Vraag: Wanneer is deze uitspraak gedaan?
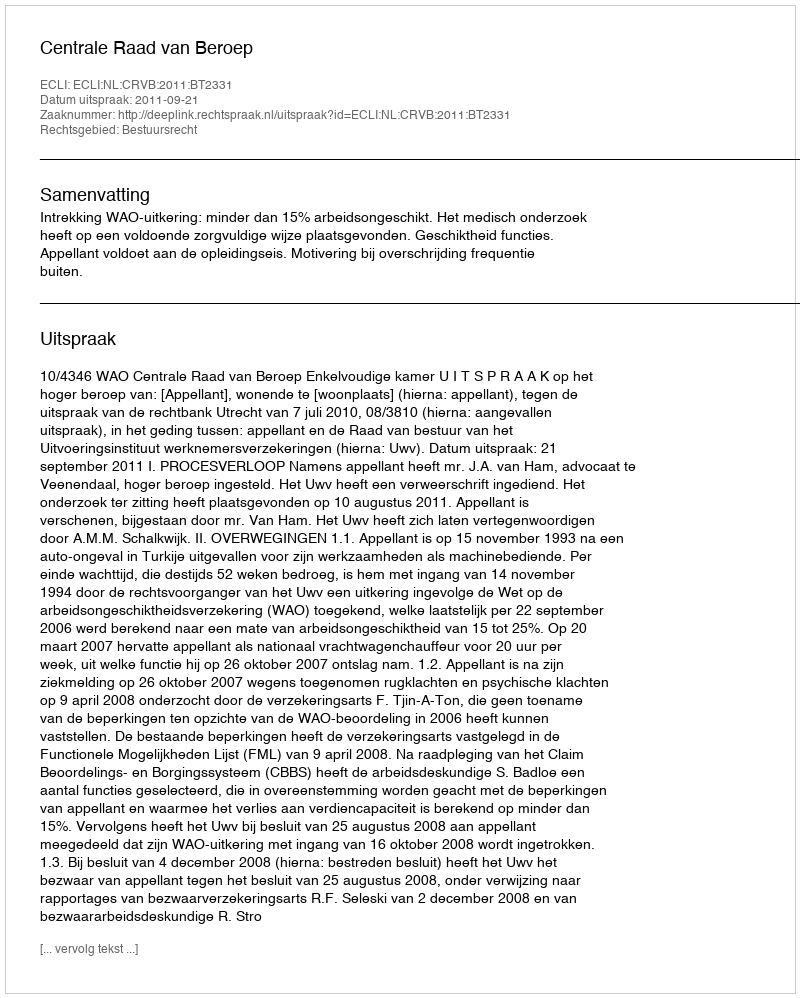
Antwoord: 2011-09-21